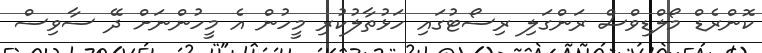
ކޮންރެޑް މޯލްޑިވްސް ރަންގަލި ރިސޯޓުގައި ހަޅުތާލުކުރި މީހުން އެ މީހުންނަށް ދޭ ސާވިސް